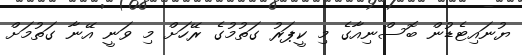
ޔުނައިޓެޑުން ބޮސްނިއާގެ މި ކީޕަރު ގަތުމުގެ ރޭހަށް މި ވަނީ އޭނާ ގަތުމަށް